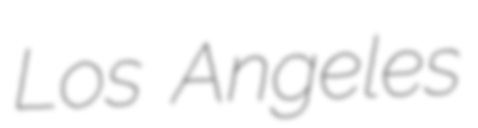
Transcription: Los Angeles